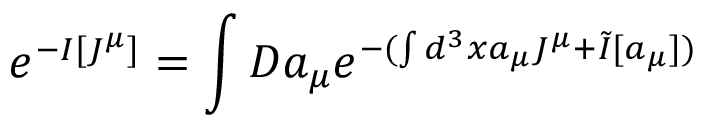
e ^ { - I [ J ^ { \mu } ] } = \int D a _ { \mu } e ^ { - ( \int d ^ { 3 } x a _ { \mu } J ^ { \mu } + \tilde { I } [ a _ { \mu } ] ) }